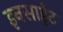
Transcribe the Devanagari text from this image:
इनसाईट